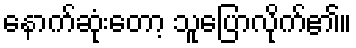
နောက်ဆုံးတော့ သူပြောလိုက်၏။